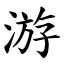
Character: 游